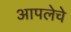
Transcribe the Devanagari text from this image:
आपलेचे